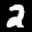
Label: 2